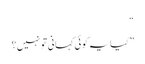
“
” کیایہ کوئی کہانی تو نہیں؟